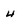
Character: 4